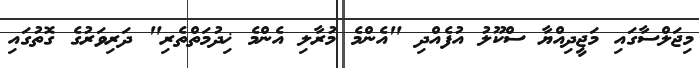
މިޖަލްސާގައި މަޖީދިއްޔާ ސްކޫލު އުފެއްދި "އެންމެ މުރާލި އެންމެ ޚިދުމަތްތެރި" ދަރިވަރުގެ ގޮތުގައި